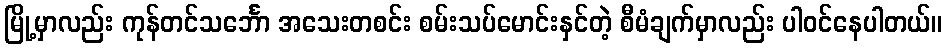
မြို့မှာလည်း ကုန်တင်သင်္ဘော အသေးတစင်း စမ်းသပ်မောင်းနှင်တဲ့ စီမံချက်မှာလည်း ပါဝင်နေပါတယ်။